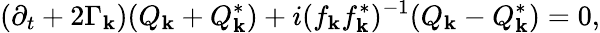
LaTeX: (\partial_{t}+2\Gamma_{\mathbf{k}})(Q_{\mathbf{k}}+Q_{\mathbf{k}}^{*})+i(f_{\mathbf{k}}f_{\mathbf{k}}^{*})^{-1}(Q_{\mathbf{k}}-Q_{\mathbf{k}}^{*})=0,